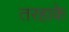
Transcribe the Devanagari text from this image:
तरहाके